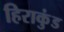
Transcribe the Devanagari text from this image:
हिराकुंड